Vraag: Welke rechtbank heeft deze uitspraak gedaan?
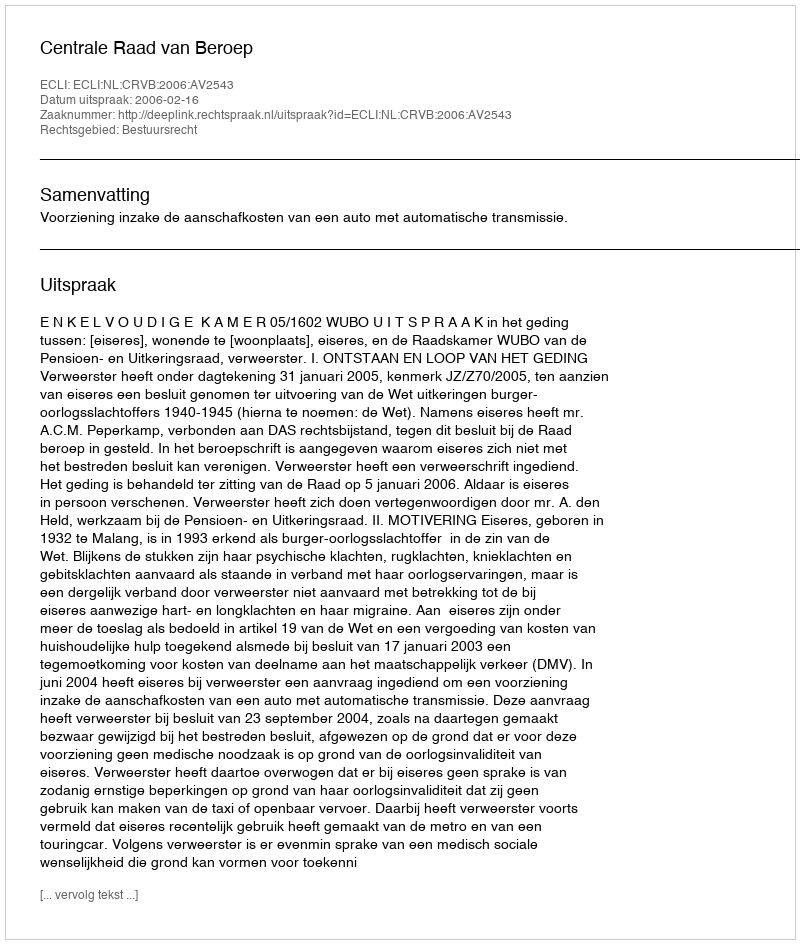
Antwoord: Centrale Raad van Beroep